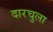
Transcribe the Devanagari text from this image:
दारचुला